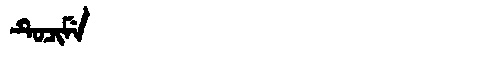
Manchu: ᡨᡠᠴᡳᠮᡝ
Romanization: TUCIME